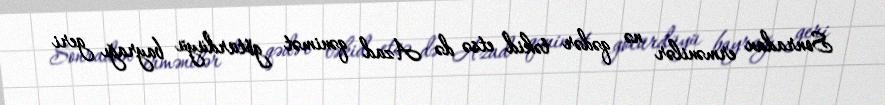
Sonradan ermənilər nə qədər təkid etsə də Azad qənimət götürdüyü bayrağı geri